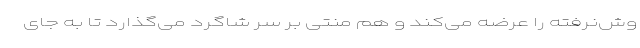
وش‌نرفته را عرضه می‌کند و هم منتی بر سر شاگرد می‌گذارد تا به جای